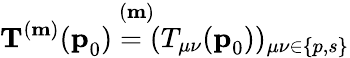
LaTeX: \mathbf{T}^{(\mathbf{m})}(\mathop{\mathbf{p}_{0}^{})=(T_{\mu\nu}}^{(\mathbf{m})}(\mathop{\mathbf{p}_{0}^{}))_{\mu\nu\in\{ p,s\} }}